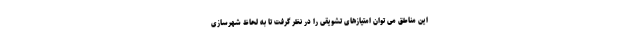
این مناطق می توان امتیازهای تشویقی را در نظر گرفت تا به لحاظ شهرسازی